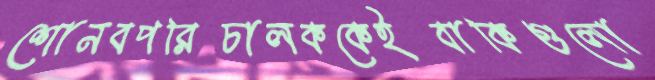
শোনবপরিচালককেইবাকিগুলো